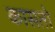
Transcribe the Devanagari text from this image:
कासतो